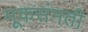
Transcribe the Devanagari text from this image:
मूकसंमती